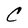
Character: C